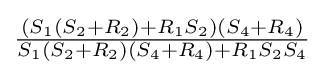
{\tfrac {(S_{1}(S_{2}+R_{2})+R_{1}S_{2})(S_{4}+R_{4})}{S_{1}(S_{2}+R_{2})(S_{4}+R_{4})+R_{1}S_{2}S_{4}}}